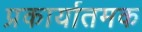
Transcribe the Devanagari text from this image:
प्रकार्यातमक